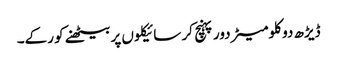
ڈیڑھ دو کلومیٹر دور پہنچ کر سائیکلوں پر بیٹھنے کو رکے۔